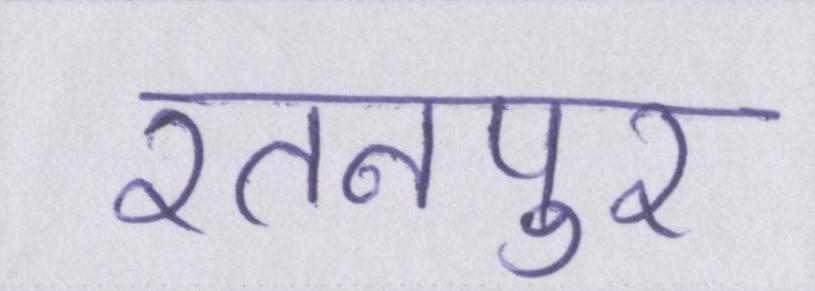
रतनपुर